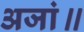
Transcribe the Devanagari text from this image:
अजां॥